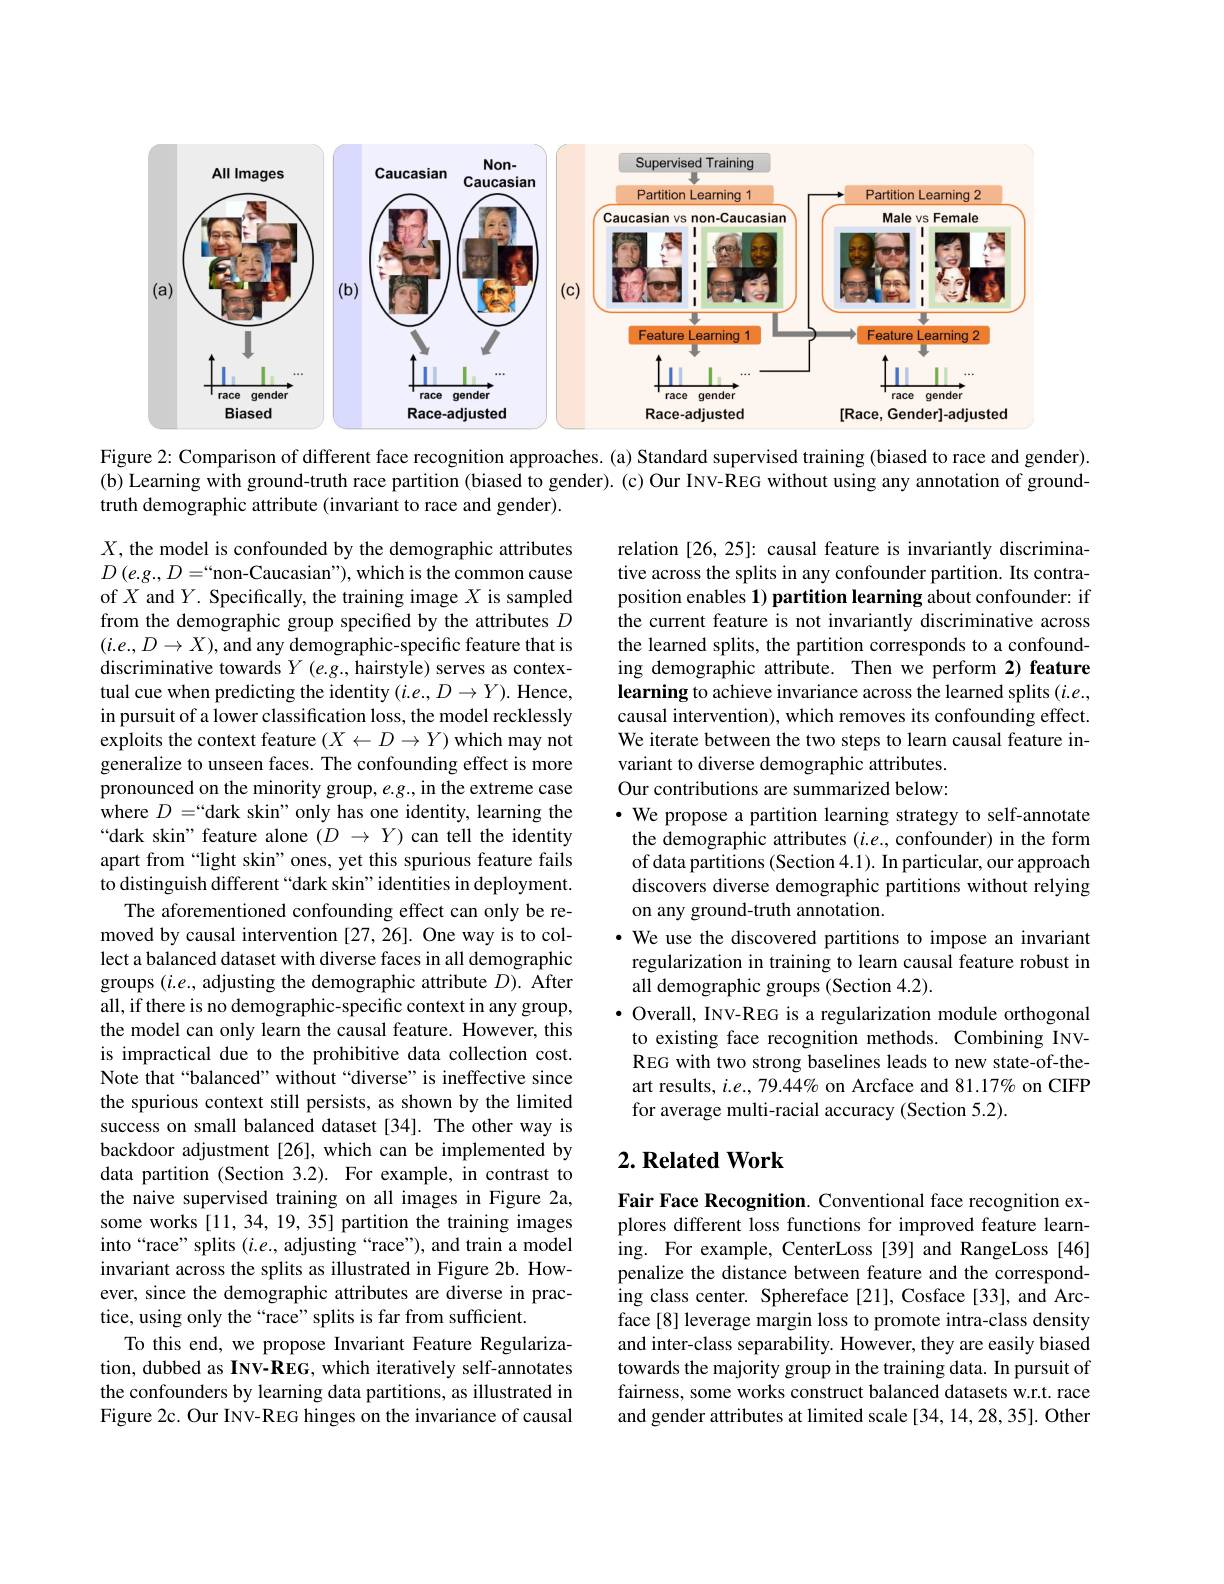
<FigureHere>

Figure 2: Comparison of different face recognition approaches. (a) Standard supervised training (biased to race and gender). (b) Learning with ground-truth race partition (biased to gender). (c) Our INV-REG without using any annotation of groundtruth demographic attribute (invariant to race and gender).

relation [26,25]: causal feature is invariantly discriminative across the splits in any confounder partition. Its contraposition enables 1) partition learning about confounder: if the current feature is not invariantly discriminative across the learned splits, the partition corresponds to a confounding demographic attribute. Then we perform 2) feature learning to achieve invariance across the learned splits ($i.e.$, causal intervention), which removes its confounding effect. We iterate between the two steps to learn causal feature invariant to diverse demographic attributes. Our contributions are summarized below: · We propose a partition learning strategy to self-annotate the demographic attributes $(i.e.$, confounder) in the form of data partitions (Section 4.1). In particular, our approach discovers diverse demographic partitions without relying on any ground-truth annotation.
· We use the discovered partitions to impose an invariant regularization in training to learn causal feature robust in all demographic groups (Section 4.2).
$\bullet$ Overall, INV-REG is a regularization module orthogonal to existing face recognition methods. Combining INVREG with two strong baselines leads to new state-of-theart results, $i.e.$, 79.44% on Arcface and 81.17% on CIFP for average multi-racial accuracy (Section 5.2).

$X$, the model is confounded by the demographic attributes $D\left(e.g.,D=“\text{non-Caucasian"}\right)$,which is the common cause of $X$ and $Y.$ Specifically, the training image $X$ is sampled from the demographic group specified by the attributes $D$ $( i. e. , D\to X) $,and any demographic- specific feature that is discriminative towards $Y$ (e.g., hairstyle) serves as contextual cue when predicting the identity $(i.e.,D\to Y).$ Hence, in pursuit of a lower classification loss, the model recklessly exploits the context feature $(X\leftarrow D\rightarrow Y)$ which may not generalize to unseen faces. The confounding effect is more pronounced on the minority group, $e.g.$, in the extreme case where $D=``$dark skin" only has one identity, learning the “dark skin" feature alone $(D\to Y)$ can tell the identity apart from “light skin”ones, yet this spurious feature fails to distinguish different“dark skin”identities in deployment.
The aforementioned confounding effect can only be removed by causal intervention [27,26]. One way is to collect a balanced dataset with diverse faces in all demographic groups $(i.e.$, adjusting the demographic attribute $D).$ After all, if there is no demographic-specific context in any group, the model can only learn the causal feature. However, this is impractical due to the prohibitive data collection cost. Note that“balanced”without“diverse”is ineffective since the spurious context still persists, as shown by the limited success on small balanced dataset[34]. The other way is backdoor adjustment[26], which can be implemented by data partition (Section 3.2). For example, in contrast to the naive supervised training on all images in Figure 2a, some works [11, 34, 19, 35] partition the training images into“race”splits $(i.e.$, adjusting“race”), and train a model invariant across the splits as illustrated in Figure 2b. However, since the demographic attributes are diverse in practice, using only the“race”splits is far from sufficient.
To this end, we propose Invariant Feature Regularization, dubbed as INV-REG, which iteratively self-annotates the confounders by learning data partitions, as illustrated in Figure 2c. Our INV-REG hinges on the invariance of causal

### $2. \textbf{Related Work}$

Fair Face Recognition. Conventional face recognition explores different loss functions for improved feature learning. For example, CenterLoss[39] and RangeLoss[46] penalize the distance between feature and the correspond- ing class center. Sphereface [ 21] , Cosface [ 33] , and Arc- face [8] leverage margin loss to promote intra-class density and inter-class separability. However, they are easily biased towards the majority group in the training data. In pursuit of fairness, some works construct balanced datasets w.r.t. race and gender attributes at limited scale [34, 14, 28, 35]. Other